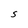
Character: S